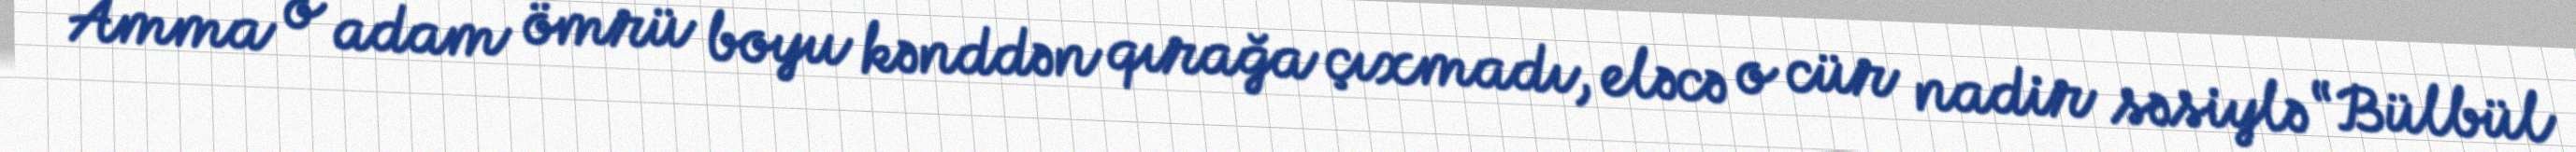
Amma o adam ömrü boyu kənddən qırağa çıxmadı, eləcə o cür nadir səsiylə “Bülbül